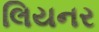
લિયનર